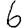
Digit: 6